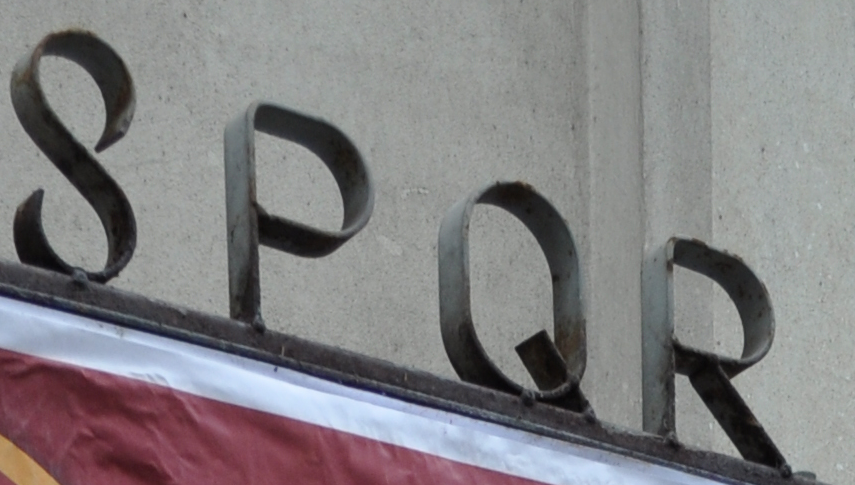
SPQR